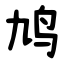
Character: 鸠